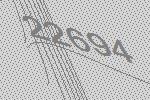
22694